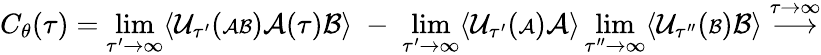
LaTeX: C_{\theta}(\tau)=\operatorname*{lim}_{\tau^{\prime}\rightarrow\infty}\langle{\cal U}_{\tau^{\prime}}({\scriptstyle{\cal AB}}){\cal A}(\tau){\cal B}\rangle\; -\; \operatorname*{lim}_{\tau^{\prime}\rightarrow\infty}\langle{\cal U}_{\tau^{\prime}}({\scriptstyle{\cal A}}){\cal A}\rangle\operatorname*{lim}_{\tau^{\prime\prime}\rightarrow\infty}\langle{\cal U}_{\tau^{\prime\prime}}({\scriptstyle{\cal B}}){\cal B}\rangle\stackrel{\tau\rightarrow\infty}{\longrightarrow}